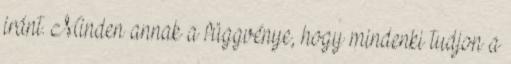
iránt. Minden annak a függvénye, hogy mindenki tudjon a